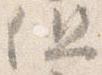
但